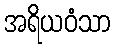
အရိယဝံသာ